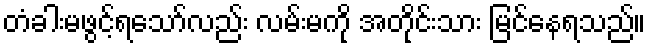
တံခါးမဖွင့်ရသော်လည်း လမ်းမကို အတိုင်းသား မြင်နေရသည်။